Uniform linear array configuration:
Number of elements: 16
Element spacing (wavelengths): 1
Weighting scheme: kaiser
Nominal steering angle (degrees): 30
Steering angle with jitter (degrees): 31.72
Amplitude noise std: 0.05
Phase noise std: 0.05

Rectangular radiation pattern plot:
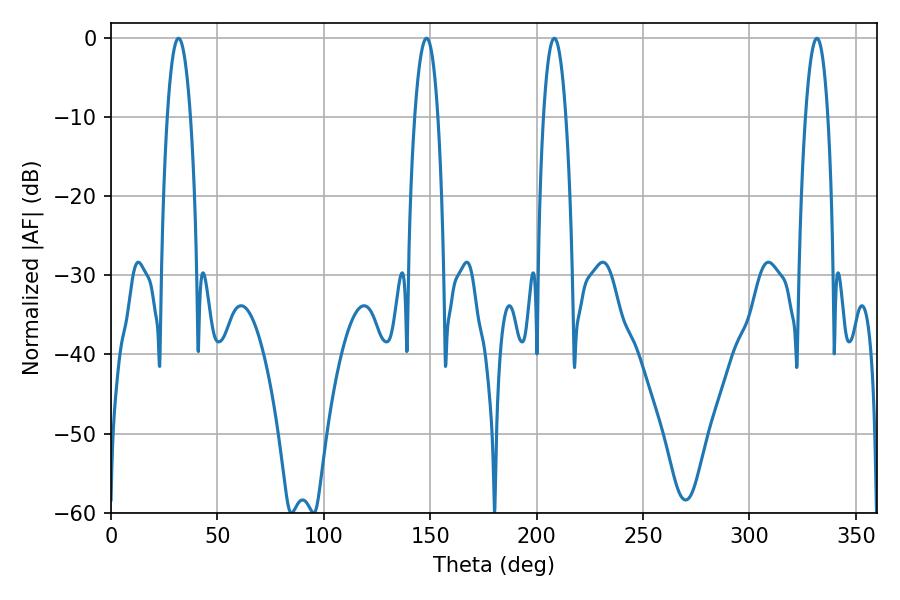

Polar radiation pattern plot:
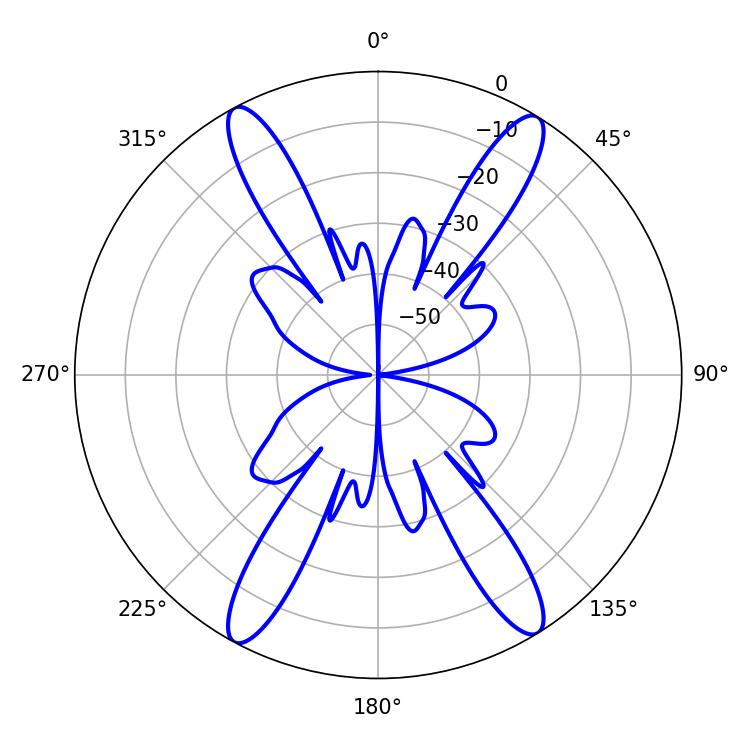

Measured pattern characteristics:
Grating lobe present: TRUE
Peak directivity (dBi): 21.218
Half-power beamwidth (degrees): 5.94
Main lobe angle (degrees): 31.68